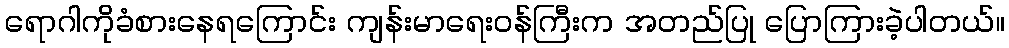
ရောဂါကိုခံစားနေရကြောင်း ကျန်းမာရေးဝန်ကြီးက အတည်ပြု ပြောကြားခဲ့ပါတယ်။